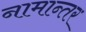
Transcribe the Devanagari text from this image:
नामान्तर